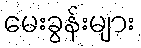
မေးခွန်းများ